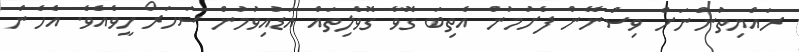
ރައްޔިތުންނަށް ވިސްނޭން ފެށުމުން އެތިބަ ގޮވާ ގޮވެލިތައް އަޑުއިވުމުން ސަހަރޯ ހީވެއެވެ. އެހެން